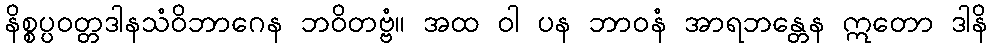
နိစ္စပ္ပဝတ္တဒါနသံဝိဘာဂေန ဘဝိတဗ္ဗံ။ အထ ဝါ ပန ဘာဝနံ အာရဘန္တေန ဣတော ဒါနိ